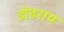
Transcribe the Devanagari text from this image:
डोडराय